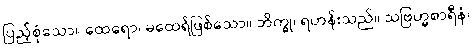
ပြည့်စုံသော။ ထေရော၊ မထေရ်ဖြစ်သော။ ဘိက္ခု၊ ရဟန်းသည်။ သဗြဟ္မစာရီနံ၊